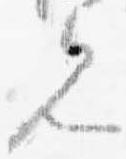
見